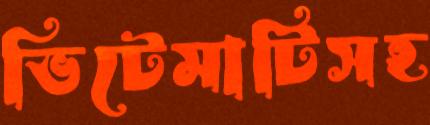
ভিটেমাটিসহ